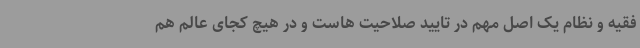
فقیه و نظام یک اصل مهم در تایید صلاحیت هاست و در هیچ کجای عالم هم